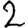
Digit: 2